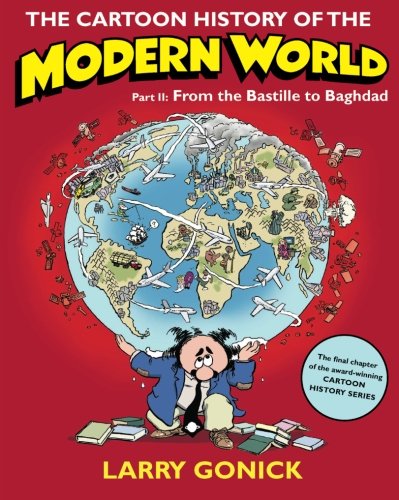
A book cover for The Cartoon History of the Modern World, Part 2: From the Bastille to Baghdad; Larry Gonick; Comics & Graphic Novels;